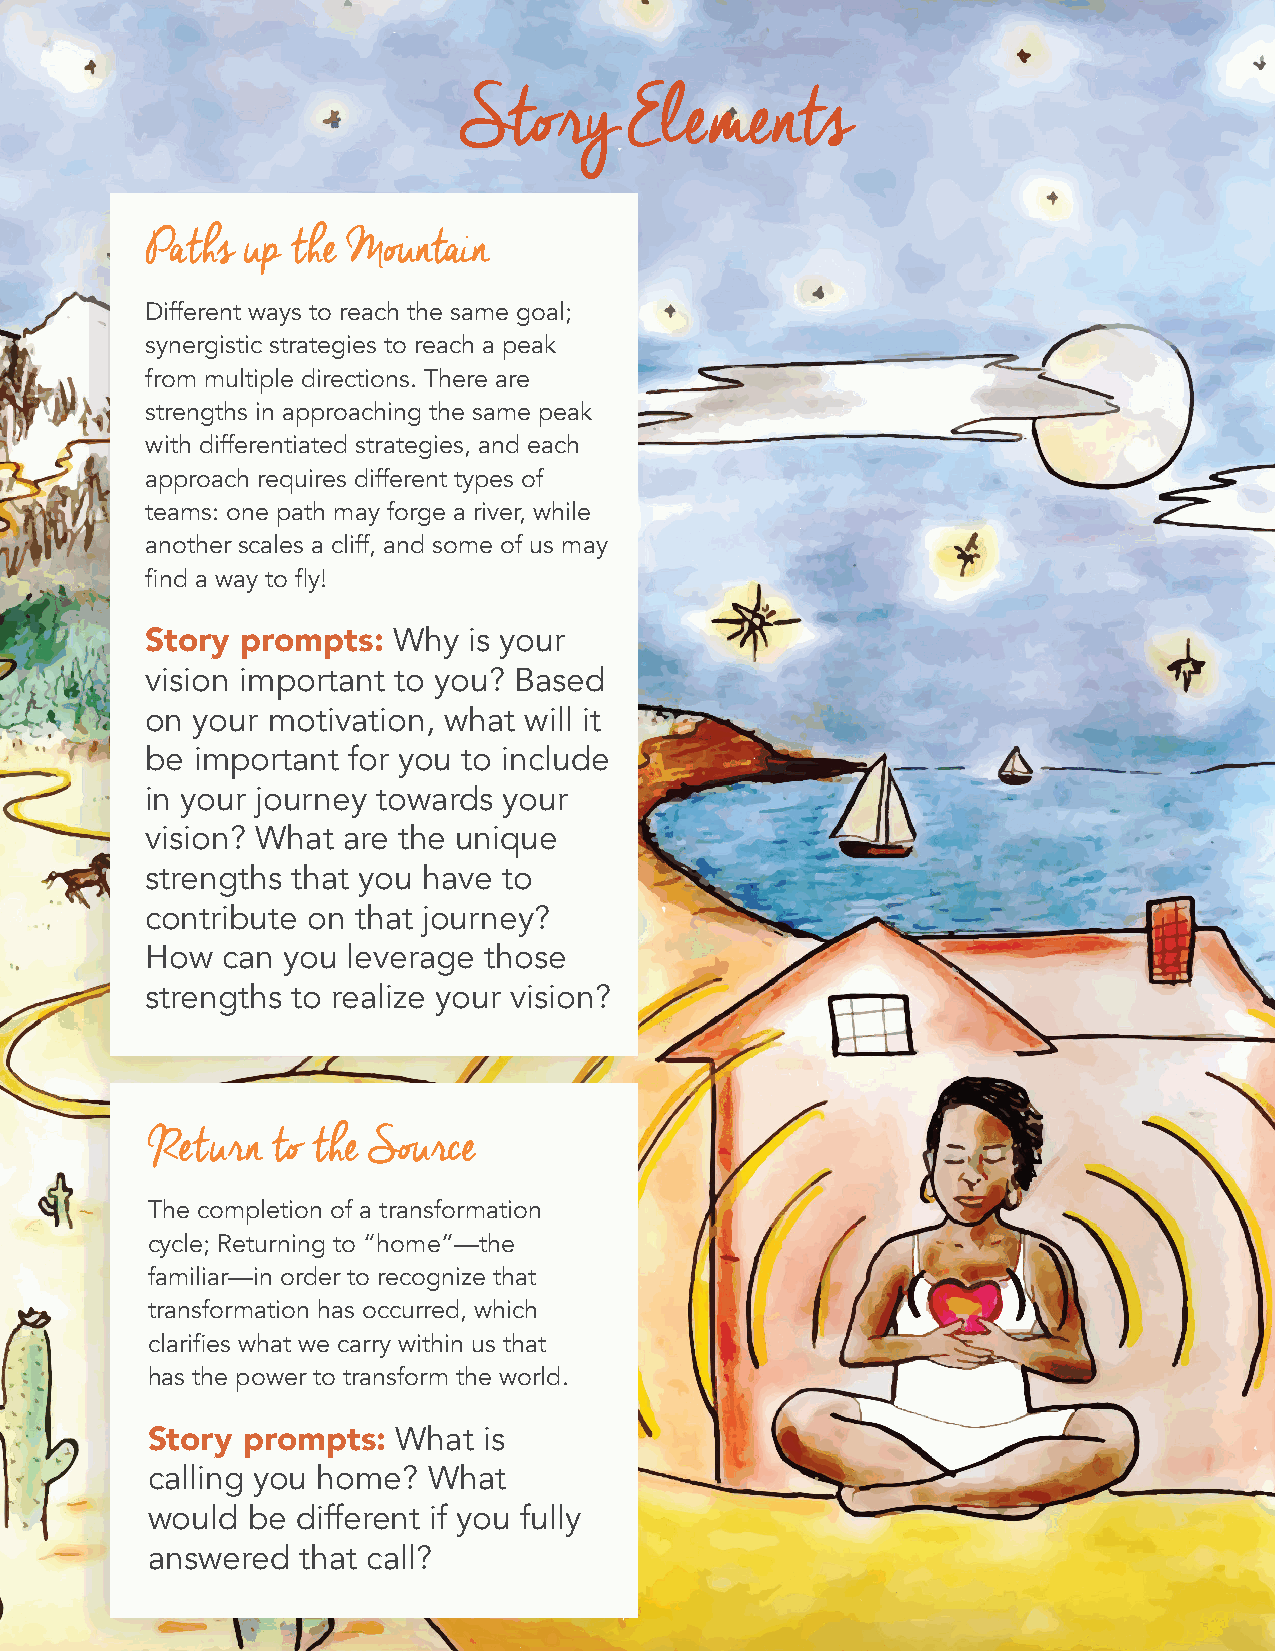
Story       Elements
 Paths up the Mountain
 Different ways to reach the same goal;
 synergistic strategies to reach a peak
 from multiple directions. There are
 strengths in approaching the same peak
 with differentiated strategies, and each
 approach requires different types of
 teams: one path may forge a river, while
 another scales a cliff, and some of us may
 find a way to fly!
 Story prompts:  Why  is your
 vision important to you? Based
 on your motivation, what will it
 be important for you to include
 in your journey towards your
 vision? What are the unique
 strengths that you have to
 contribute on that journey?
 How  can you leverage those
 strengths to realize your vision?
 Return  to the Source
 The completion of a transformation
 cycle; Returning to “home”—the
 familiar—in order to recognize that
 transformation has occurred, which
 clarifies what we carry within us that
 has the power to transform the world.
 Story prompts:  What  is
 calling you home? What
 would be  different if you fully
 answered  that call?
 Transformative Movement Building Webinar Series | Story for Transformative Strategy 8